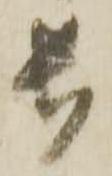
長